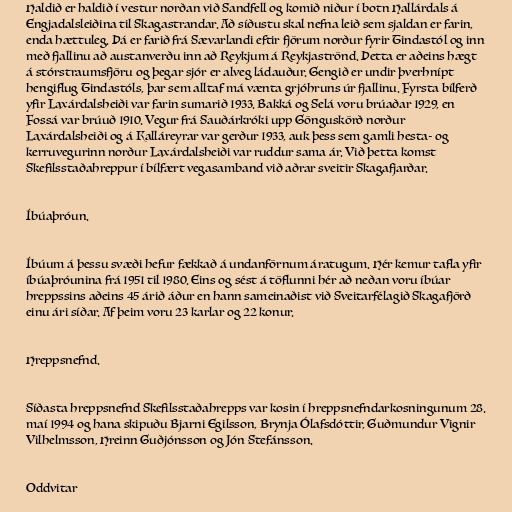
Haldið er haldið í vestur norðan við Sandfell og komið niður í botn Hallárdals á
Engjadalsleiðina til Skagastrandar. Að síðustu skal nefna leið sem sjaldan er farin,
enda hættuleg. Þá er farið frá Sævarlandi eftir fjörum norður fyrir Tindastól og inn
með fjallinu að austanverðu inn að Reykjum á Reykjaströnd. Þetta er aðeins hægt
á stórstraumsfjöru og þegar sjór er alveg ládauður. Gengið er undir þverhnípt
hengiflug Tindastóls, þar sem alltaf má vænta grjóhruns úr fjallinu. Fyrsta bílferð
yfir Laxárdalsheiði var farin sumarið 1933. Bakká og Selá voru brúaðar 1929, en
Fossá var brúuð 1910. Vegur frá Sauðárkróki upp Gönguskörð norður
Laxárdalsheiði og á Kalláreyrar var gerður 1933, auk þess sem gamli hesta- og
kerruvegurinn norður Laxárdalsheiði var ruddur sama ár. Við þetta komst
Skefilsstaðahreppur í bílfært vegasamband við aðrar sveitir Skagafjarðar.

Íbúaþróun.

Íbúum á þessu svæði hefur fækkað á undanförnum áratugum. Hér kemur tafla yfir
íbúaþróunina frá 1951 til 1980. Eins og sést á töflunni hér að neðan voru íbúar
hreppssins aðeins 45 árið áður en hann sameinaðist við Sveitarfélagið Skagafjörð
einu ári síðar. Af þeim voru 23 karlar og 22 konur.

Hreppsnefnd.

Síðasta hreppsnefnd Skefilsstaðahrepps var kosin í hreppsnefndarkosningunum 28.
maí 1994 og hana skipuðu Bjarni Egilsson, Brynja Ólafsdóttir, Guðmundur Vignir
Vilhelmsson, Hreinn Guðjónsson og Jón Stefánsson.

Oddvitar